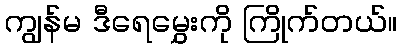
ကျွန်မ ဒီရေမွှေးကို ကြိုက်တယ်။